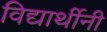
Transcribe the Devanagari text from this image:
विद्यार्थीनी